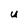
Character: U